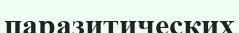
паразитических